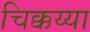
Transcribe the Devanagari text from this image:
चिक्कय्या